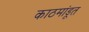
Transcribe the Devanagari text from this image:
काठमांडूत